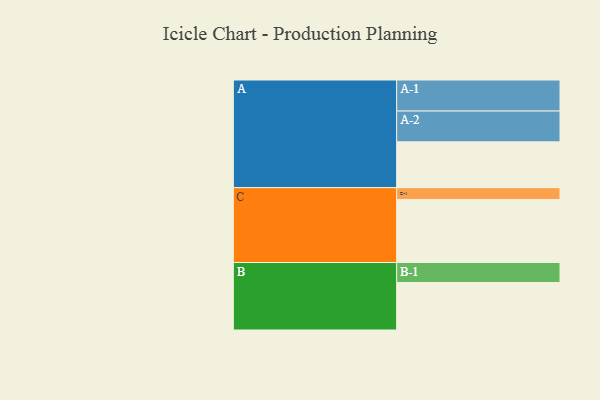
{"axis": {"x": "Segment", "y": "Value"}, "legend": ["", "A", "B", "C"], "data": [{"x": "A", "y": 366, "type": ""}, {"x": "B", "y": 379, "type": ""}, {"x": "C", "y": 504, "type": ""}, {"x": "A-1", "y": 248, "type": "A"}, {"x": "A-2", "y": 246, "type": "A"}, {"x": "B-1", "y": 160, "type": "B"}, {"x": "C-1", "y": 94, "type": "C"}]}